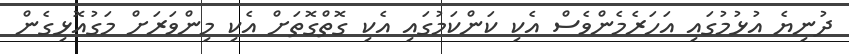
ދުނިޔެ އުޅުމުގައި އަހަރެމެންވެސް އެކި ކަންކަމުގައި އެކި ގޮތްގޮތަށް އެކި މިންވަރަށް މަގުއޮޅިގެން